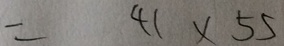
= 4 1 \times 5 5